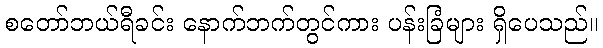
စတော်ဘယ်ရီခင်း နောက်ဘက်တွင်ကား ပန်းခြံများ ရှိပေသည်။